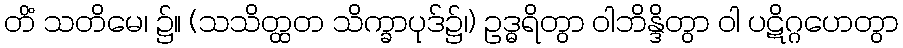
တိံ သတိမေ၊ ၌။ (သသိတ္ထတ သိက္ခာပုဒ်၌၊) ဥဒ္ဓရိတွာ ဝါဘိန္ဒိတွာ ဝါ ပဋိဂ္ဂဟေတွာ